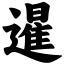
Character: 暹